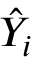
{ \hat { Y } } _ { i }